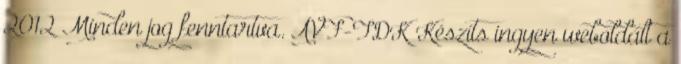
2012 Minden jog fenntartva. ÁVF-TDK Készíts ingyen weboldalt a